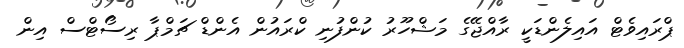
ޕްރައިވެޓް އައިލެންޑަކީ ރާއްޖޭގެ މަޝްހޫރު ކުންފުނި ކްރައުން އެންޑް ޗަމްޕާ ރިސޯޓްސް އިން